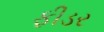
ફીડર